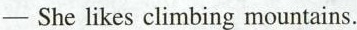
- She likes climbing mountains.